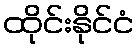
ထိုင်းနိုင်ငံ